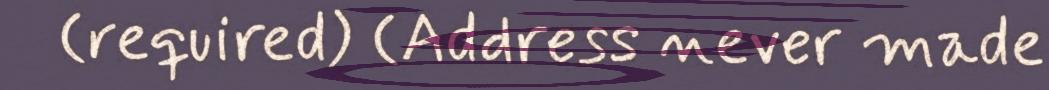
(required) (Address never made